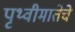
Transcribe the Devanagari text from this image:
पृथ्वीमातेचे